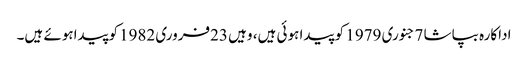
اداکارہ بپاشا 7جنوری 1979 کو پیدا ہوئی ہیں، وہیں 23فروری 1982کوپیداہوئے ہیں۔